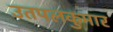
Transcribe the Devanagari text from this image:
उतपलकुमार